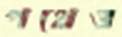
পথেও